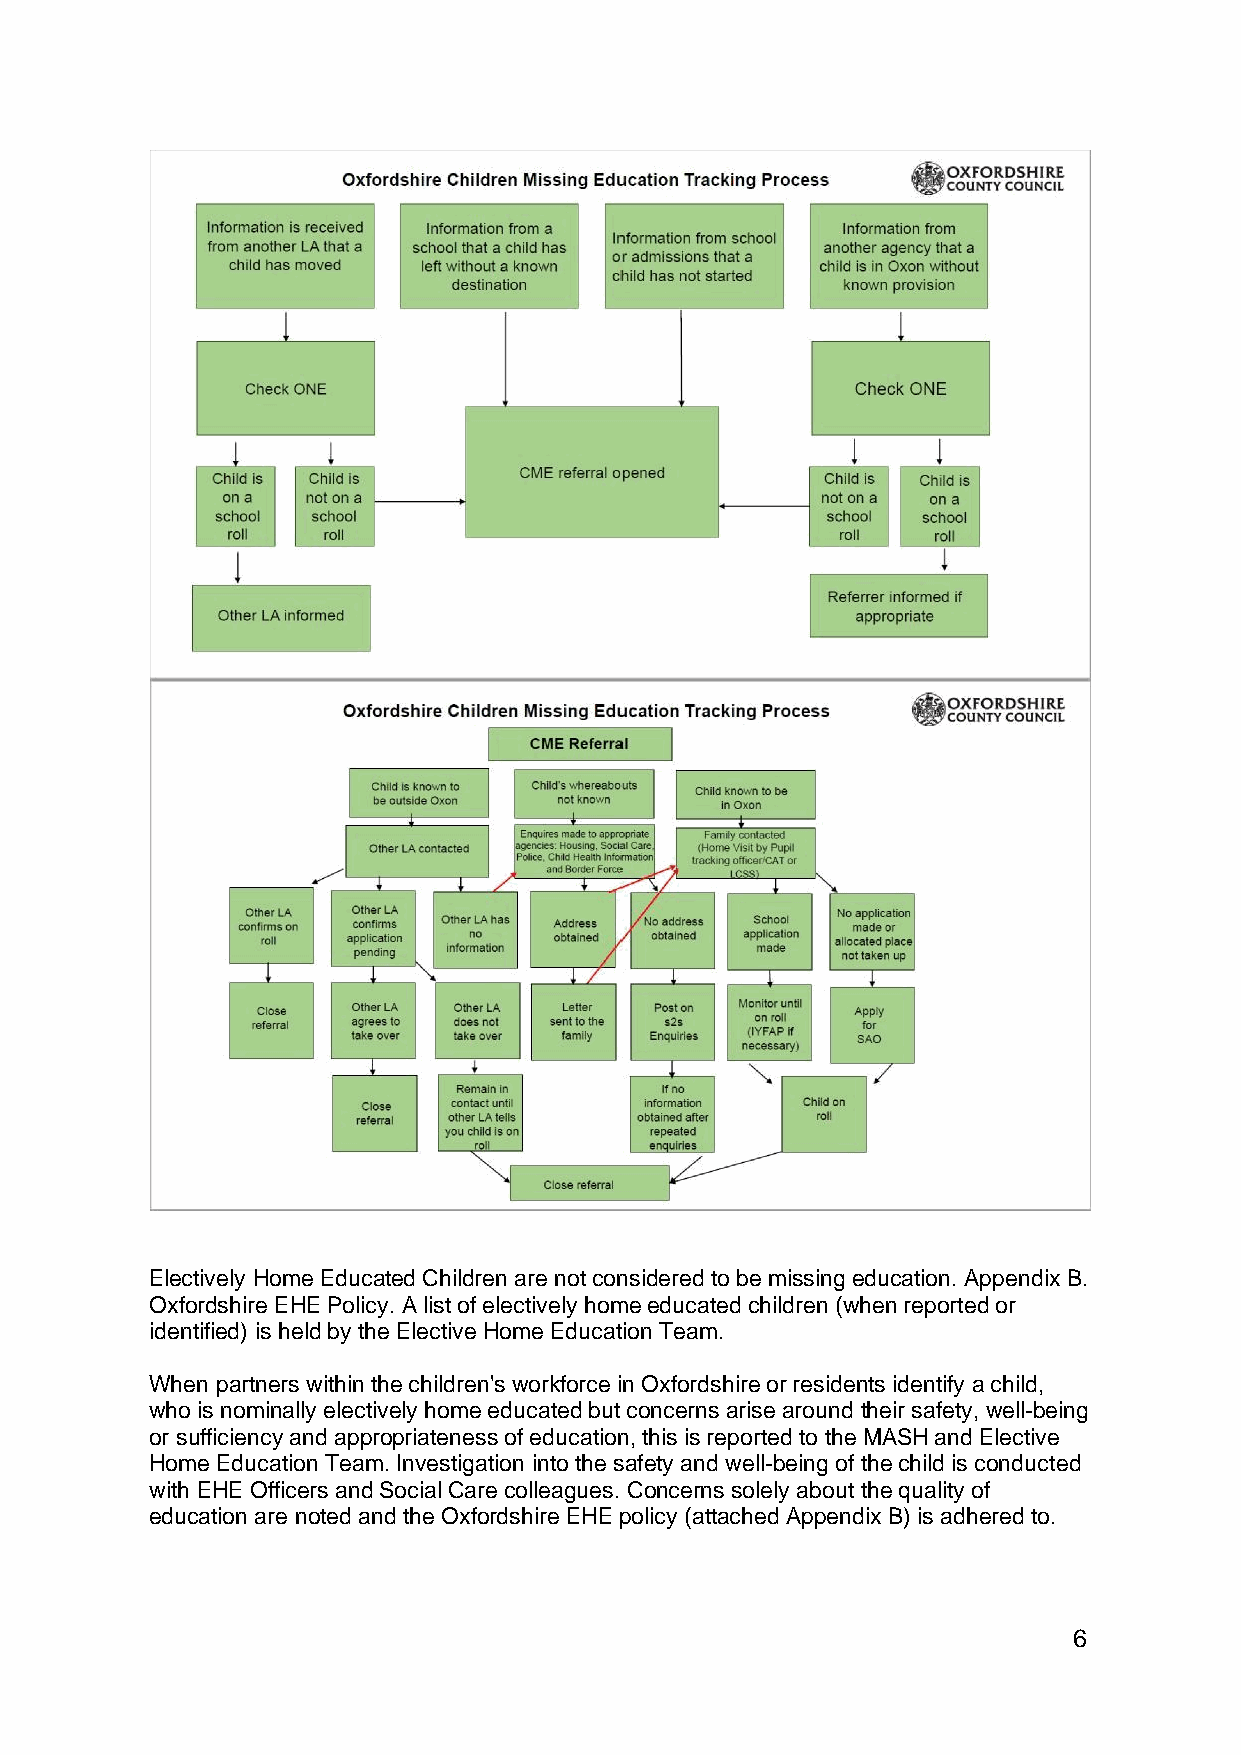
Electively Home Educated Children are not considered to be missing education. Appendix B.
 Oxfordshire EHE Policy. A list of electively home educated children (when reported or
 identified) is held by the Elective Home Education Team.
 When partners within the children's workforce in Oxfordshire or residents identify a child,
 who is nominally electively home educated but concerns arise around their safety, well-being
 or sufficiency and appropriateness of education, this is reported to the MASH and Elective
 Home Education Team. Investigation into the safety and well-being of the child is conducted
 with EHE Officers and Social Care colleagues. Concerns solely about the quality of
 education are noted and the Oxfordshire EHE policy (attached Appendix B) is adhered to.
 6